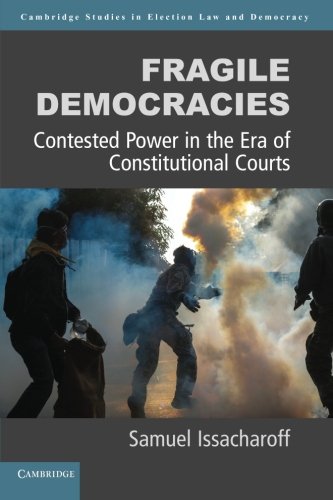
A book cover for Fragile Democracies: Contested Power in the Era of Constitutional Courts (Cambridge Studies in Election Law and Democracy); Samuel Issacharoff; Law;